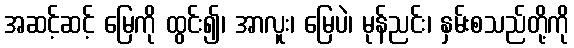
အဆင့်ဆင့် မြေကို ထွင်း၍၊ အာလူး၊ မြေပဲ၊ မုန်ညင်း၊ နှမ်းစသည်တို့ကို